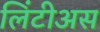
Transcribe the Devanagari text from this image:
लिंटीअस